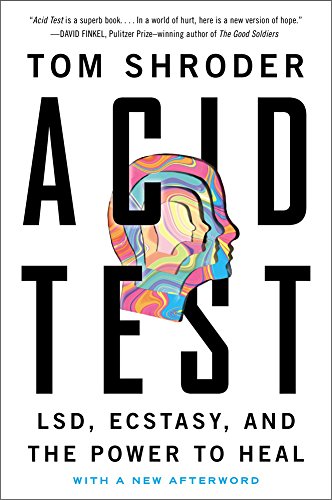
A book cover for Acid Test: LSD, Ecstasy, and the Power to Heal; Tom Shroder; Medical Books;